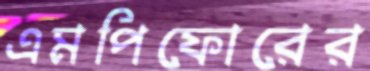
এমপিফোরের